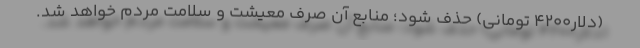
(دلار۴٢٠٠ تومانی) حذف شود؛ منابع آن صرف معیشت و سلامت مردم خواهد شد.